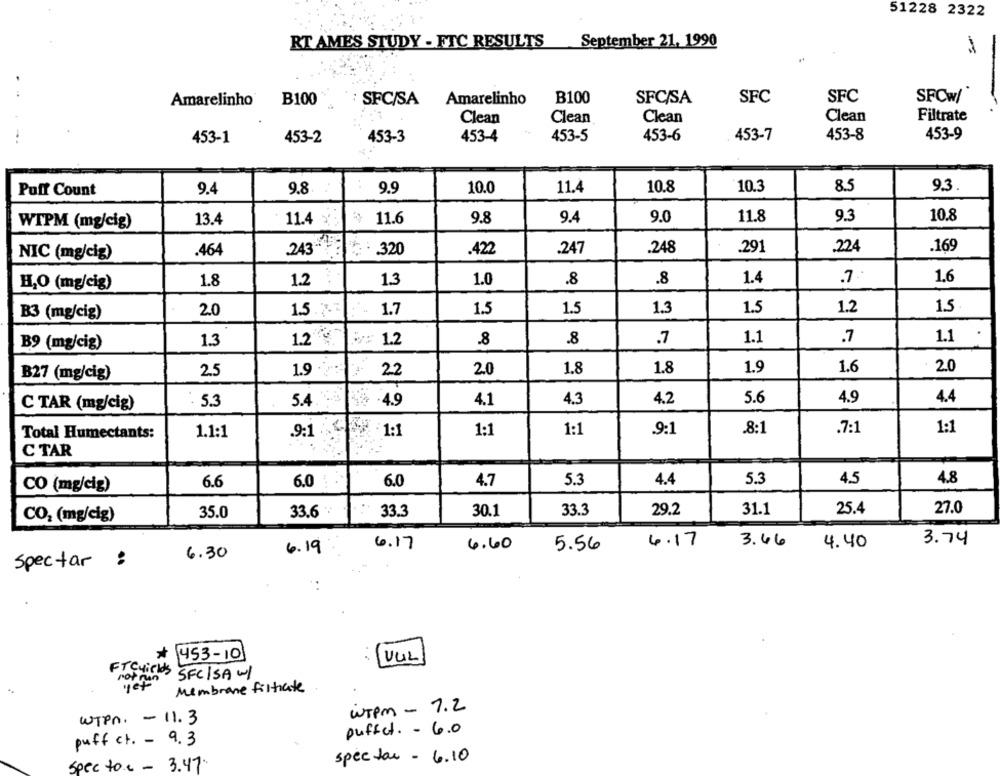
51228 2322
RT AMES STUDY - FTC RESULTS September 21, 1990
Amarelinho®
B100
SFC/SA Amarelinho
B100
SFC/SA
SFC
SFC
SFCw/"
Filtrate
Clean
Clean
Clean
Clean
453-1
453-2
453-3
453-4
453-5
453-6
453-7
453-8
453-9
Puff Count
9.4
9.8.
9.9
10.0
11.4
10.8
10.3
8.5
9.3.
9.0
11.8
9.3
10.8
WTPM (mg/cig)
13.4
11.4
11.6
9.8
9.4
.291
.224
.169
NIC (mg/cig)
.464
.243
.320
.422
.247
.248
1.4
.7.
1.6
H,O (mg/cig)
1.8
1.2
1.3
1.0
.8
.8
1.5.7.7
1.7
1.5
1.5
1.3
1.5
1.2
15
B3 (mg/cig)
2.0
1.2"
1.2
.8
1.1
.7
1.1
B9 (mg/cig)
1.3
.8
.7
25
1.9 .
22
20
1.8
1.8
1.9
1.6
2.0
B27 (mg/cig)
5.3
5.4
.4.9
4.1
4.3
4.2
5.6
4.9
4.4
C TAR (mg/cig)
Total Humectants:
1.1:1
.9:1
1:1
1:1
.9:1
.8:1
.7:1
1:1
C TAR
4.7
5.3
4.4
5.3
4.5
4.8
CO (mg/cig)
6.6
6.0
6.0
33.3
30.1
33.3
29.2
31.1
25.4
27.0
CO2 (mg/cig)
35.0
33.6
4.17
3.46
3.74
6.19
6.17
6.60
5.56
4.40
6.30
spectar :
*
453-101
(VUIL)
FTCyields
SFC/SA W/
ror man
Membrane filtrate
WTPM - 7.2
WTPn. - 11.3
puffet. - 6.0
puff ct. - 9.3
spectac - 6.10
Spec to.e - 3.47.